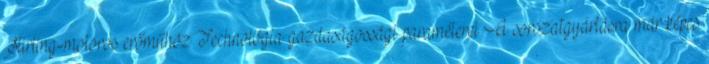
Stirling-motoros erőműhöz Technológia gazdaságossági paraméterei A sorozatgyártásra már képes